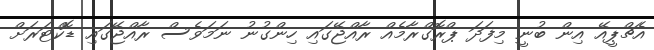
އެޗްޕީއޭ އިން ބުނީ މިފަދަ ޕްރޮގްރާމެއް ރާއްޖޭގައި ހިންގުނު ނަމަވެސް ރާއްޖޭގައި ޑޮކްޓަރަށް